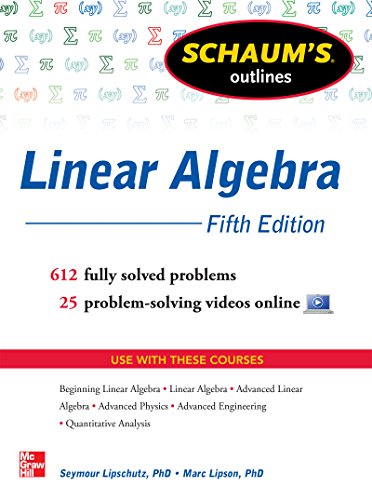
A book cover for Schaum's Outline of Linear Algebra, 5th Edition: 612 Solved Problems + 25 Videos (Schaum's Outlines); Seymour Lipschutz; Science & Math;